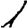
Digit: 1